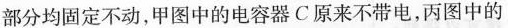
部分均固定不动，甲图中的电容器C原来不带电，丙图中的